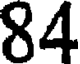
84